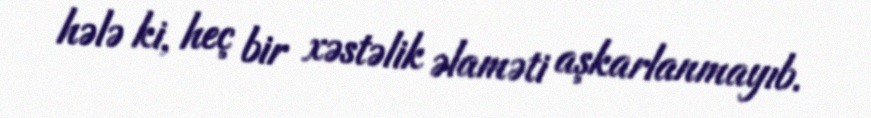
hələ ki, heç bir xəstəlik əlaməti aşkarlanmayıb.